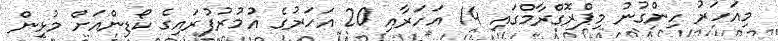
މިއަހަރު ހިންގުނު މިޕްރޮގްރާމްގައި 14 އަހަރާއި 20 އަހަރުގެ އުމުރުފުރައިގެ ކޯޑިންއަށް މުޅިން